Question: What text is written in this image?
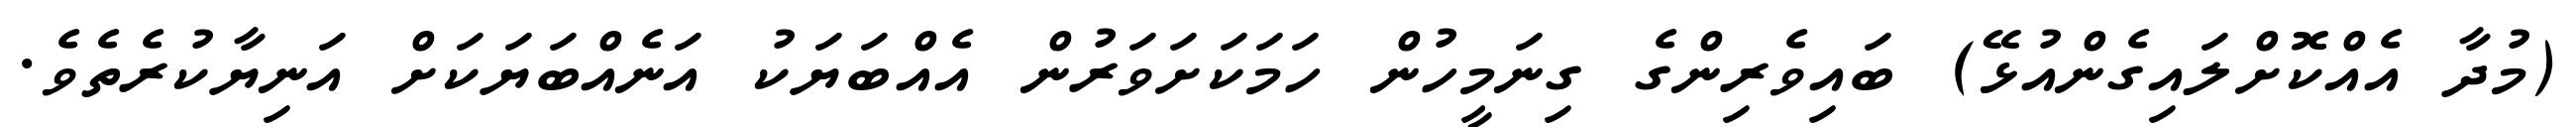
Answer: (މުދާ އެއްކޮށްލައިގެންއުޅޭ) ބައިވެރިންގެ ގިނަމީހުން ހަމަކަށަވަރުން އެއްބަޔަކު އަނެއްބަޔަކަށް އަނިޔާކުރެތެވެ.